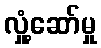
လှုံ့ဆော်မှု